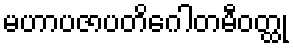
မဟာပဇာပတိဂေါတမီဝတ္ထု